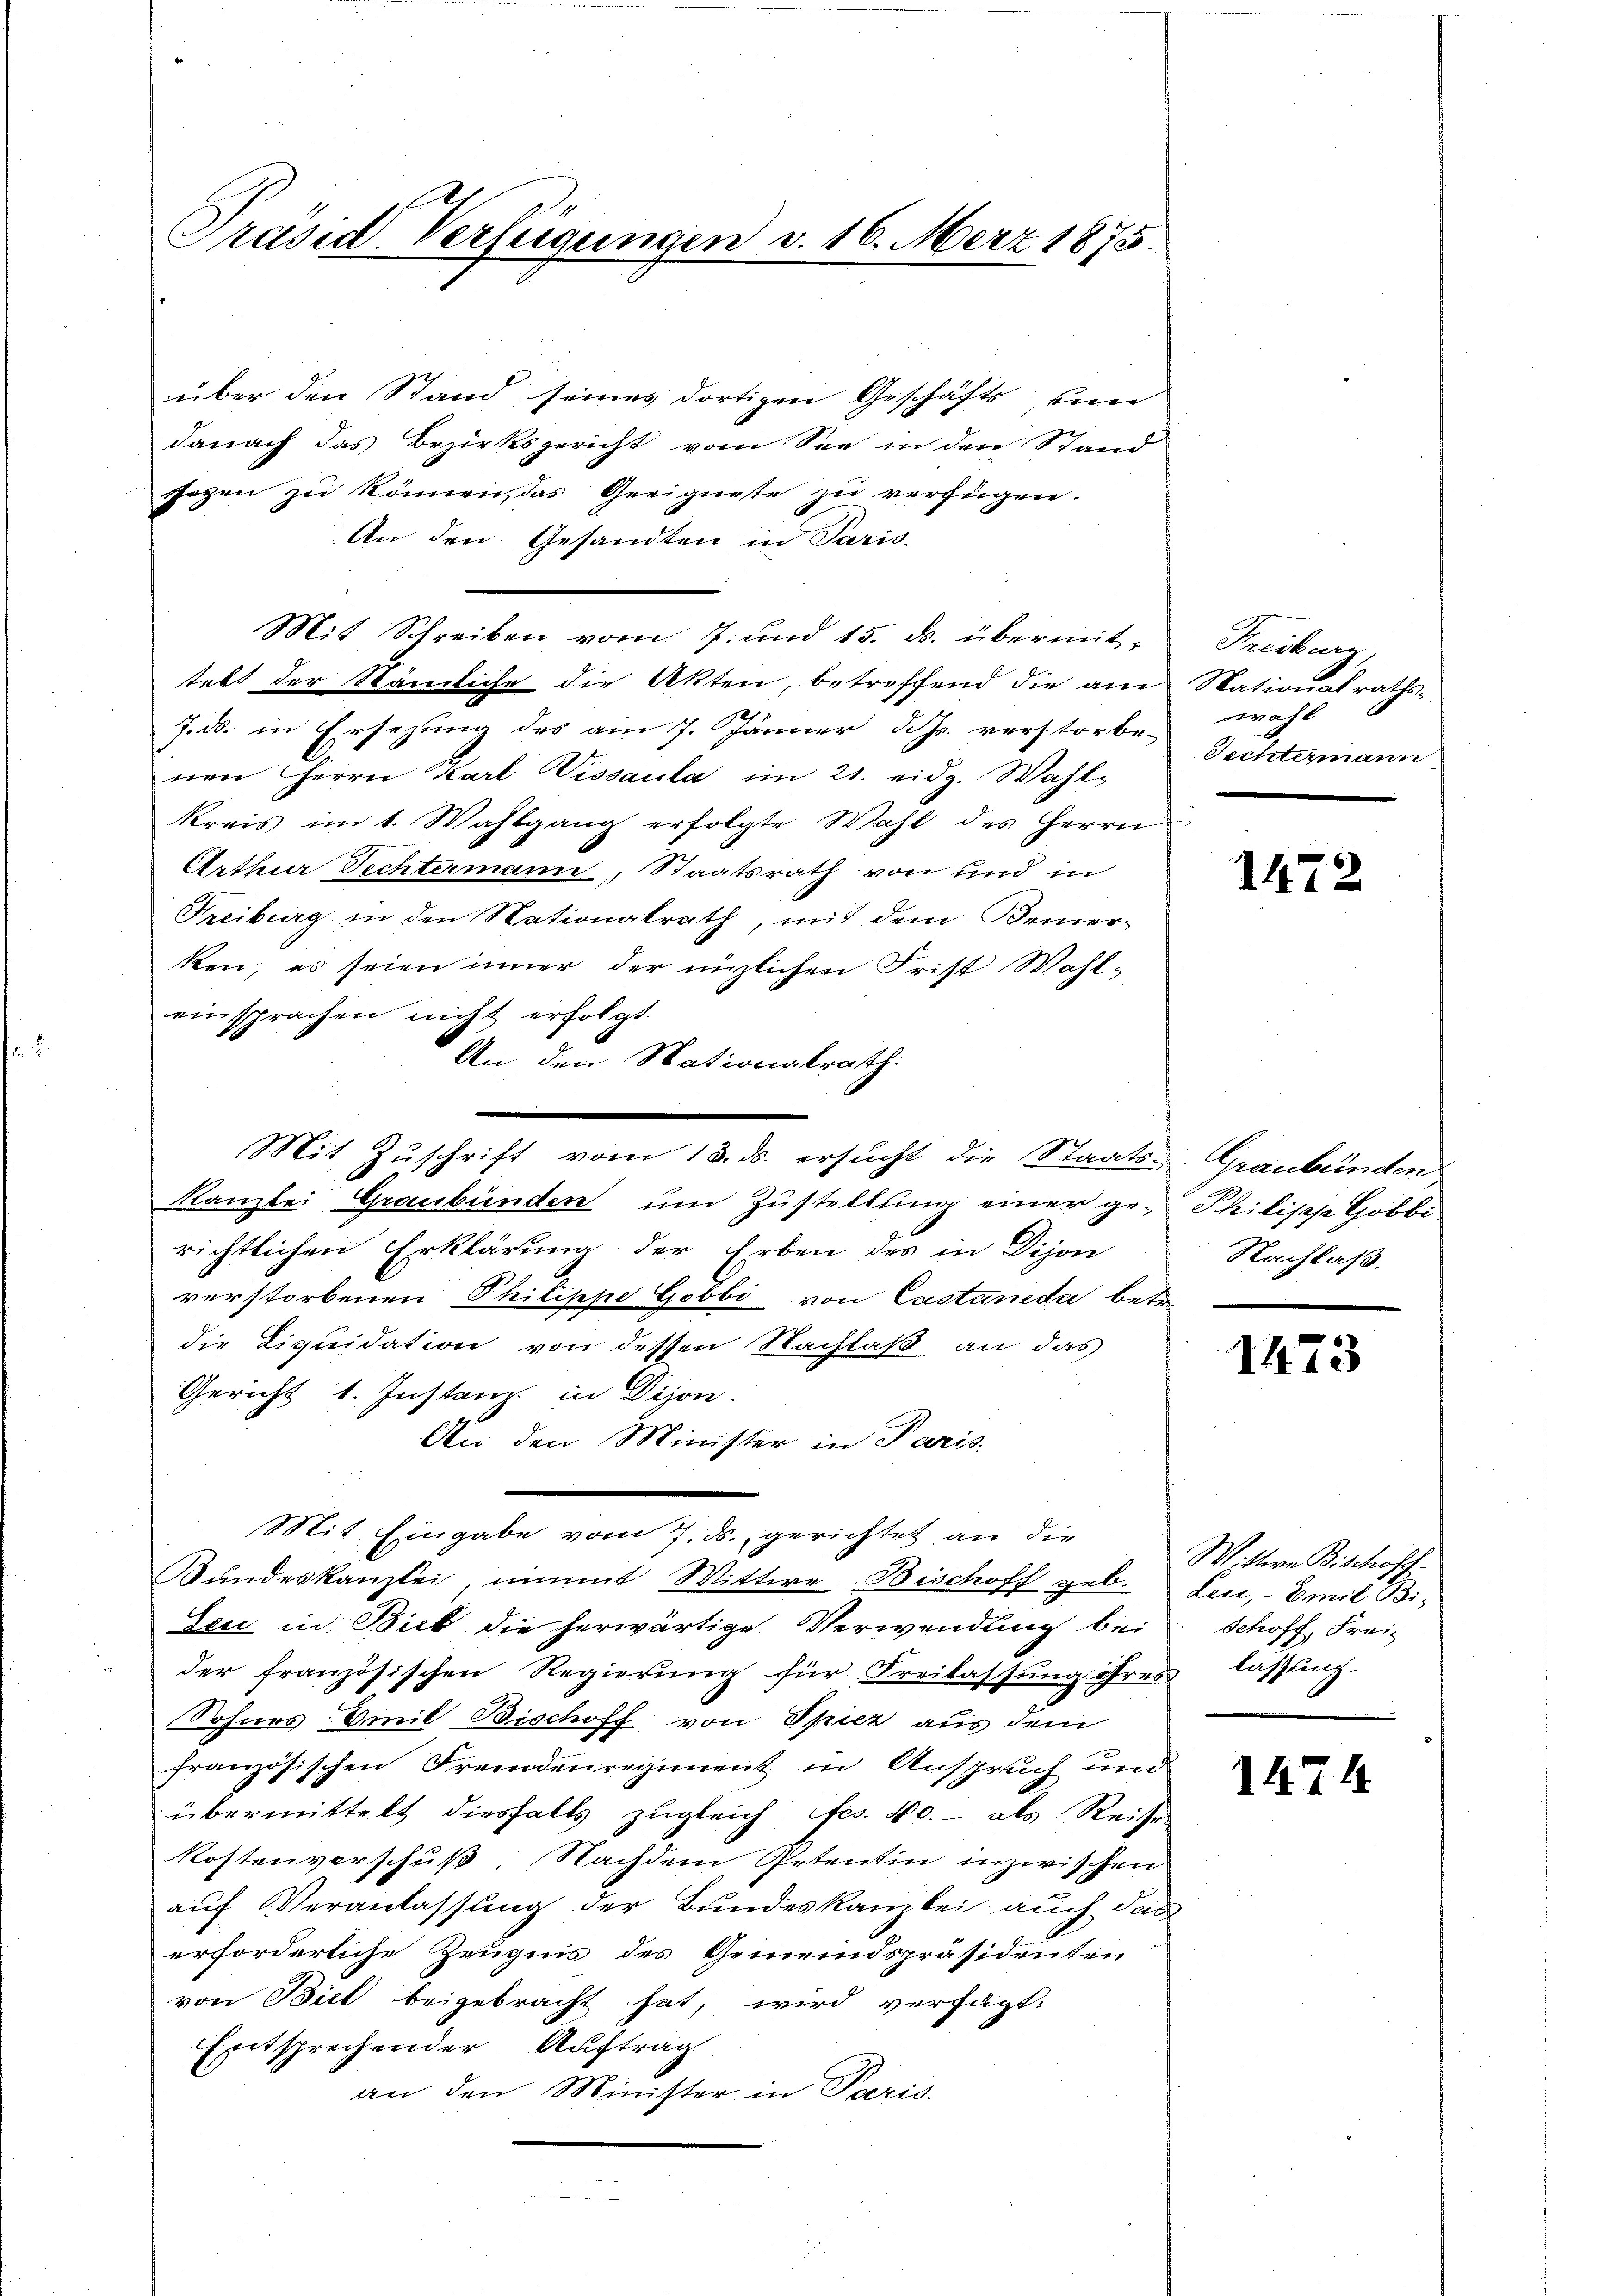
Präsid. Verfügungen v. 16. März 1875.

über den Stand seines dortigen Geschäfts un
danach das Bezirksgericht vom See in den Stand
segen zu können, das Geeignete zu verfügen.
An den Gesandten in Paris,
Mit Schreiben vom 7. und 15. ds. übermittebt der Nämliche die Akten, betreffend die am Nationalraths¬
1
7. d. in Ersezung des am 7. Jänner d. Js. verstorbe-
nen Herrn Karl Wissaula im 21. eidg. Wahl-
kreis im 1. Wahlgang erfolgte Wahl des Herrn
Arthur Fechtermann, Staatsrath von und in
Freiburg in den Nationalrath, mit dem Bemerken, es seien inner der inzlichen Frist Wahleinsprachen nicht erfolgt.
An den Nationalrath:
Kanzlei Graubünden um Zustellung einer gerichtlichen Erklärung der Erben des in Dijon
verstorbenen Philippe Gobbi von Castaneda betre
die Liquidation von dessen Nachlaß an das
Gericht 1. Instanz in Dijon.
An den Minister in Paris.
Mit Eingabe vom 7. ds. gerichtet an die
Bŭndeskanzlei, nimmt Wittwe Bischoff geb. Leu, Emil Bi-
Seic in Biel die herwärtige Verwendung bei
der französischen Regierung für Freilassung ihres lassung
Sohnes Emil Bischoff von Spiez aus dem
französischen Fremdenregiment in Anspruch und
übermittelt diesfalls zugleich fes. No. - als Reise
Kostenverschuß. Nachdem Petentin inzwischen
auf Veranlassung der Bundeskanzlei auch das
erforderliche Zeugnis des Gemeindspräsidenten
von Biel beigebracht hat, wird verfügt:
Entsprechender Auftrag
an den Minister in Paris.

Mit Zuschrift vom 13. ds. ersucht die Staats- Graubünden

Freiburg,
wahl
Fechtermann

1472

Philische Gobbi
Nachlaß.

1473

Wittere Bischöff
Schoff, Frei

1474